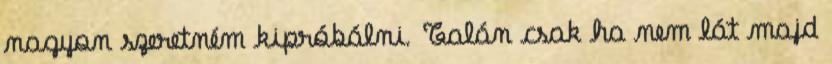
nagyon szeretném kipróbálni. Talán csak ha nem lát majd